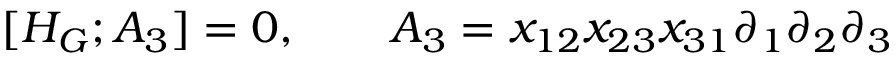
[ H _ { G } ; A _ { 3 } ] = 0 , \quad \quad A _ { 3 } = x _ { 1 2 } x _ { 2 3 } x _ { 3 1 } \partial _ { 1 } \partial _ { 2 } \partial _ { 3 }